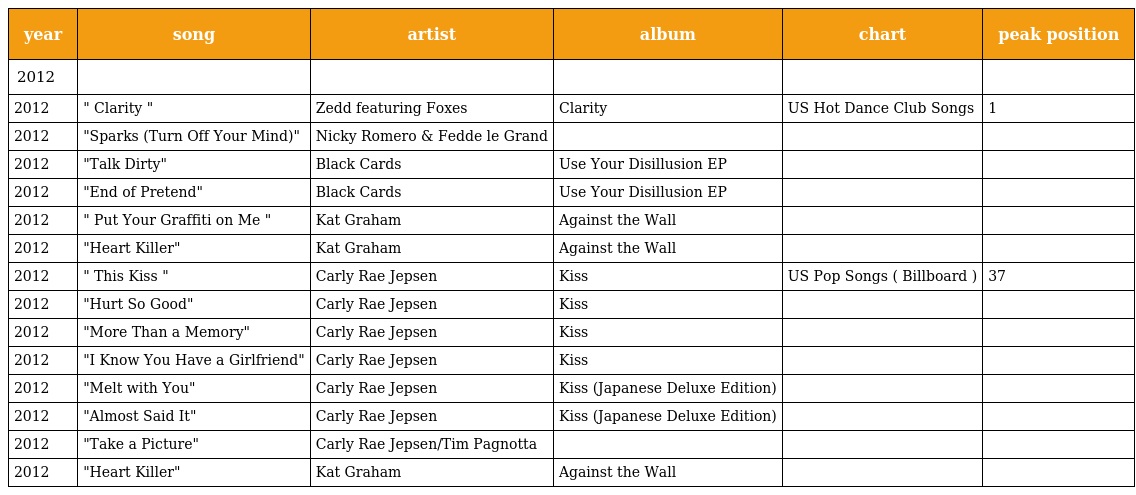
| year | song | artist | album | chart | peak position |
 | --- | --- | --- | --- | --- | --- |
 | 2012 |  |  |  |  |  |
 | 2012 | " Clarity " | Zedd featuring Foxes | Clarity | US Hot Dance Club Songs | 1 |
 | 2012 | "Sparks (Turn Off Your Mind)" | Nicky Romero & Fedde le Grand |  |  |  |
 | 2012 | "Talk Dirty" | Black Cards | Use Your Disillusion EP |  |  |
 | 2012 | "End of Pretend" | Black Cards | Use Your Disillusion EP |  |  |
 | 2012 | " Put Your Graffiti on Me " | Kat Graham | Against the Wall |  |  |
 | 2012 | "Heart Killer" | Kat Graham | Against the Wall |  |  |
 | 2012 | " This Kiss " | Carly Rae Jepsen | Kiss | US Pop Songs ( Billboard ) | 37 |
 | 2012 | "Hurt So Good" | Carly Rae Jepsen | Kiss |  |  |
 | 2012 | "More Than a Memory" | Carly Rae Jepsen | Kiss |  |  |
 | 2012 | "I Know You Have a Girlfriend" | Carly Rae Jepsen | Kiss |  |  |
 | 2012 | "Melt with You" | Carly Rae Jepsen | Kiss (Japanese Deluxe Edition) |  |  |
 | 2012 | "Almost Said It" | Carly Rae Jepsen | Kiss (Japanese Deluxe Edition) |  |  |
 | 2012 | "Take a Picture" | Carly Rae Jepsen/Tim Pagnotta |  |  |  |
 | 2012 | "Heart Killer" | Kat Graham | Against the Wall |  |  |